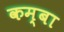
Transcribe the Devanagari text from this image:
कम्बा